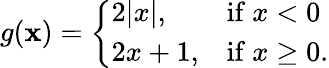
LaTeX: g(\mathbf{x})={\left\{ \begin{array}{ll}{2|x|,}&{{\mathrm{if~}}x<0}\\ {2x+1,}&{{\mathrm{if~}}x\geq 0.}\end{array}\right.}